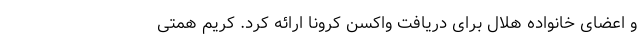
و اعضای خانواده هلال برای دریافت واکسن کرونا ارائه کرد. کریم همتی